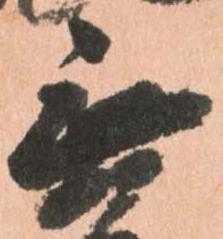
無